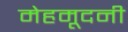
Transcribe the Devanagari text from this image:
मेहमूदनी